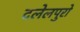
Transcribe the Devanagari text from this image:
दलेलपुरो